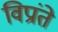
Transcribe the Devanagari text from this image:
विप्रांते